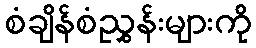
စံချိန်စံညွှန်းများကို